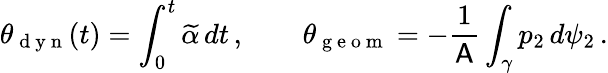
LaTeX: \theta_{\mathrm{~d~y~n~}}(t)=\int_{0}^{t}\widetilde{\alpha}\, dt\, ,\qquad\theta_{\mathrm{~g~e~o~m~}}=-\frac{1}{\mathsf{A}}\int_{\gamma}p_{2}\, d\psi_{2}\, .